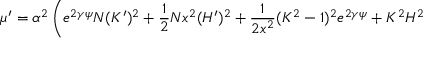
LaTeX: \mu ^ { \prime } = \alpha ^ { 2 } \left( e ^ { 2 \gamma \psi } N ( K ^ { \prime } ) ^ { 2 } + \frac { 1 } { 2 } N x ^ { 2 } ( H ^ { \prime } ) ^ { 2 } + \frac { 1 } { 2 x ^ { 2 } } ( K ^ { 2 } - 1 ) ^ { 2 } e ^ { 2 \gamma \psi } + K ^ { 2 } H ^ { 2 } \right. \, \nonumber